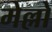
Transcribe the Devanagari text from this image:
मेल्लो